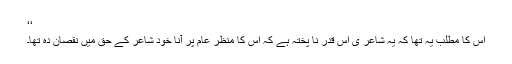
‘‘
اس کا مطلب یہ تھا کہ یہ شاعر ی اس قدر نا پختہ ہے کہ اس کا منظر عام پر آنا خود شاعر کے حق میں نقصان دہ تھا۔